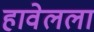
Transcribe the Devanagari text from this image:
हावेलला